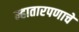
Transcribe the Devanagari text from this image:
म्हातारपणाचे